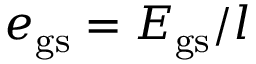
e _ { { \mathrm { g s } } } = E _ { { \mathrm { g s } } } / l